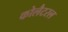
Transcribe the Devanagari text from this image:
कोलैटरल